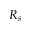
R _ { s }